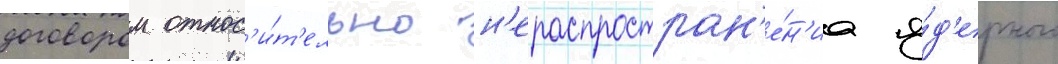
договором относ'и́т'ельно н'ераспростран'е́н'иа я́д'ерного